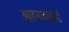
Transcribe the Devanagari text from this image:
आडनावाकडे